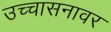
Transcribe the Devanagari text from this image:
उच्चासनावर